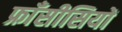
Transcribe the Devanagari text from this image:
फ्राँसीसियों